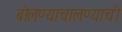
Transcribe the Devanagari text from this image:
बोलण्याचालण्याची